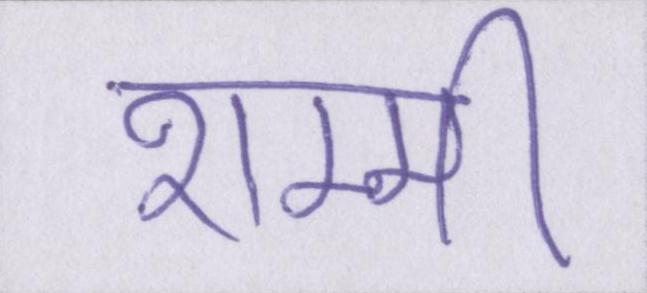
शम्मी